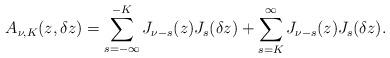
LaTeX: \begin{align*} A_{\nu,K}(z,\delta z) = \sum_{s=-\infty}^{-K} J_{\nu-s}(z)J_{s}(\delta z) + \sum_{s=K}^\infty J_{\nu-s}(z)J_{s}(\delta z). \end{align*}